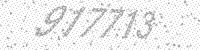
Solution: 917713